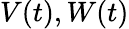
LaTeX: \mathbf{}V(t),W(t)